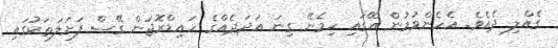
ގެއްލި ދެއެވެ. އެހެންވުމުން އޭގައި ހިމެނޭ ގިނަ އަދަދެއްގެ ހައިޑްރޮޖަން ގޭސް ފަށަލަތަކުގައި